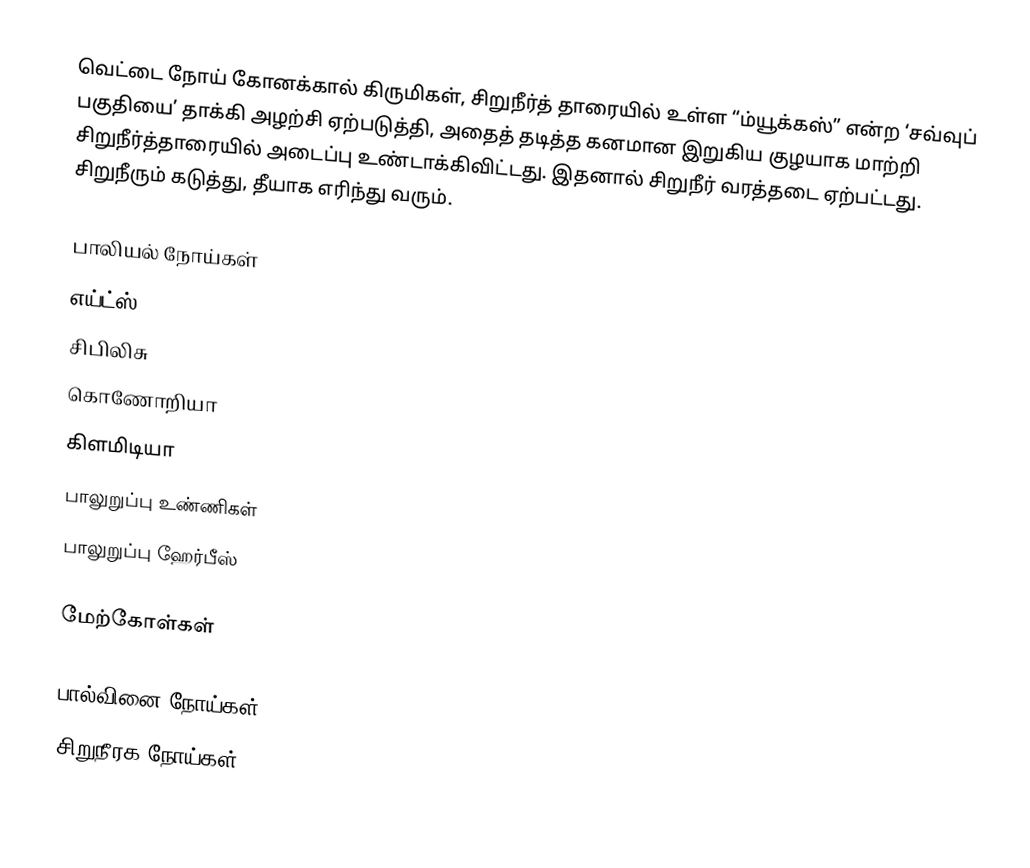
வெட்டை நோய் கோனக்கால் கிருமிகள், சிறுநீர்த் தாரையில் உள்ள “ம்யூக்கஸ்” என்ற ‘சவ்வுப் பகுதியை’ தாக்கி அழற்சி ஏற்படுத்தி, அதைத் தடித்த கனமான இறுகிய குழயாக மாற்றி சிறுநீர்த்தாரையில் அடைப்பு உண்டாக்கிவிட்டது. இதனால் சிறுநீர் வரத்தடை ஏற்பட்டது. சிறுநீரும் கடுத்து, தீயாக எரிந்து வரும்.

பாலியல் நோய்கள்
 எய்ட்ஸ்
 சிபிலிசு
 கொணோறியா
 கிளமிடியா
 பாலுறுப்பு உண்ணிகள்
 பாலுறுப்பு ஹேர்பீஸ்

மேற்கோள்கள்

பால்வினை நோய்கள்
சிறுநீரக நோய்கள்